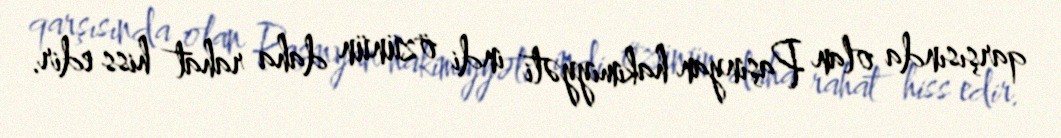
qarşısında olan Paşinyan hakimiyyəti indi özünün daha rahat hiss edir.